Vaccination in Burma 1889-1999 - 1889-1999
Year: 1889
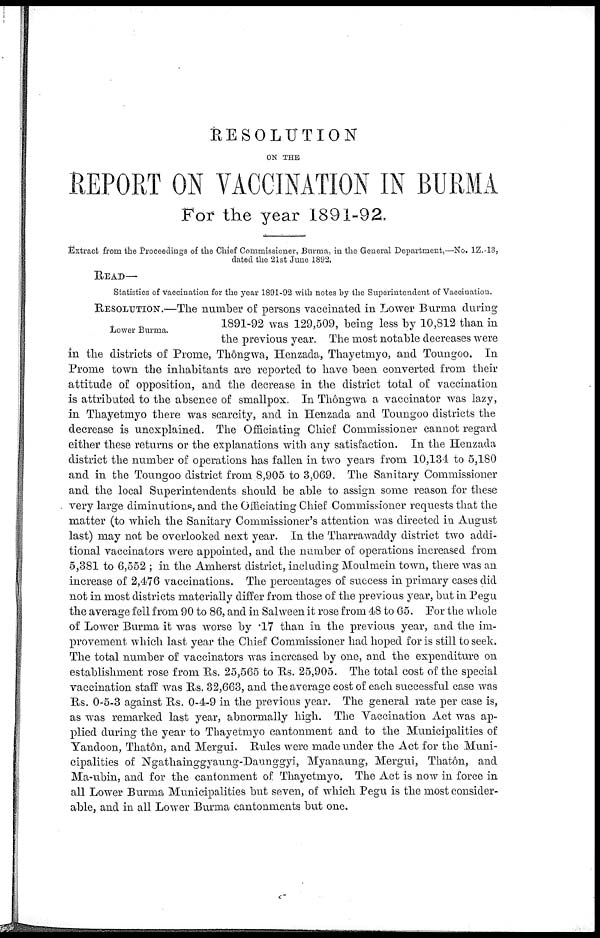
RESOLUTION
ON THE
REPORT ON VACCINATION IN BURMA
For the year 1891-92.
Extract from the Proceedings of the Chief Commissioner, Burma, in the General Department,—No. 1Z.-13,
dated the 21st June 1892.
READ—
Statistics of vaccination for the year 1891-92 with notes by the Superintendent of Vaccination.
Lower Burma.
RESOLUTION.—The number of persons vaccinated in Lower Burma during
1891-92 was 129,509, being less by 10,812 than in
the previous year. The most notable decreases were
in the districts of Prome, Thôngwa, Henzada, Thayetmyo, and Toungoo. In
Prome town the inhabitants are reported to have been converted from their
attitude of opposition, and the decrease in the district total of vaccination
is attributed to the absence of smallpox. In Thôngwa a vaccinator was lazy,
in Thayetmyo there was scarcity, and in Henzada and Toungoo districts the
decrease is unexplained. The Officiating Chief Commissioner cannot regard
either these returns or the explanations with any satisfaction. In the Henzada
district the number of operations has fallen in two years from 10,134 to 5,180
and in the Toungoo district from 8,905 to 3,069. The Sanitary Commissioner
and the local Superintendents should be able to assign some reason for these
very large diminutions, and the Officiating Chief Commissioner requests that the
matter (to which the Sanitary Commissioner's attention was directed in August
last) may not be overlooked next year. In the Tharrawaddy district two addi-
tional vaccinators were appointed, and the number of operations increased from
5,381 to 6,552 ; in the Amherst district, including Moulmein town, there was an
increase of 2,476 vaccinations. The percentages of success in primary cases did
not in most districts materially differ from those of the previous year, but in Pegu
the average fell from 90 to 86, and in Salween it rose from 48 to 65. For the whole
of Lower Burma it was worse by .17 than in the previous year, and the im-
provement which last year the Chief Commissioner had hoped for is still to seek.
The total number of vaccinators was increased by one, and the expenditure on
establishment rose from Rs. 25,565 to Rs. 25,905. The total cost of the special
vaccination staff was Rs. 32,663, and the average cost of each successful case was
Rs. 0-5-3 against Rs. 0-4-9 in the previous year. The general rate per case is,
as was remarked last year, abnormally high. The Vaccination Act was ap-
plied during the year to Thayetmyo cantonment and to the Municipalities of
Yandoon, Thatôn, and Mergui. Rules were made under the Act for the Muni-
cipalities of Ngathainggyaung-Daunggyi, Myanaung, Mergui, Thatôn, and
Ma-ubin, and for the cantonment of Thayetmyo. The Act is now in force in
all Lower Burma Municipalities but seven, of which Pegu is the most consider-
able, and in all Lower Burma cantonments but one.